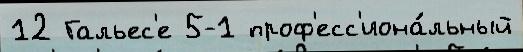
12 Гальес'е 5-1 проф'есс'иона́льный